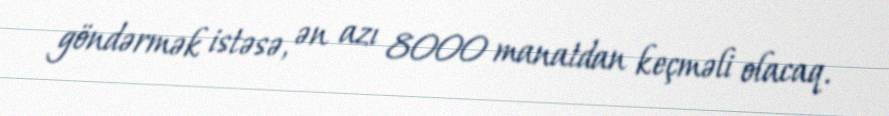
göndərmək istəsə, ən azı 8000 manatdan keçməli olacaq.